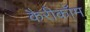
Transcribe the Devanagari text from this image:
कैरीकॉम